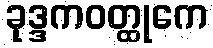
ခုဒ္ဒကဝတ္ထုကေ